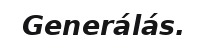
Generálás.